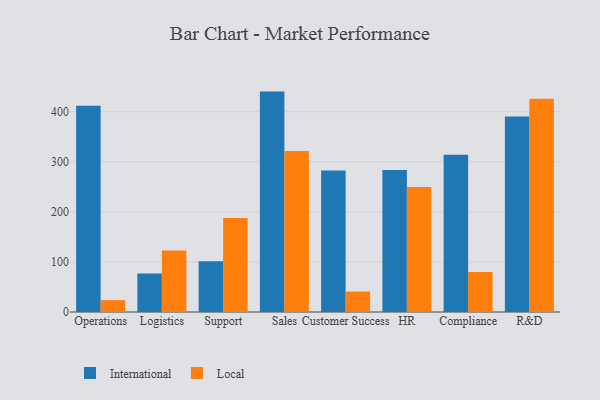
{"axis": {"x": "Department", "y": "Net Income (USD K)"}, "legend": ["International", "Local"], "data": [{"x": "Operations", "y": 412.0, "type": "International"}, {"x": "Operations", "y": 23.7, "type": "Local"}, {"x": "Logistics", "y": 76.7, "type": "International"}, {"x": "Logistics", "y": 123.0, "type": "Local"}, {"x": "Support", "y": 101.4, "type": "International"}, {"x": "Support", "y": 187.7, "type": "Local"}, {"x": "Sales", "y": 440.0, "type": "International"}, {"x": "Sales", "y": 321.6, "type": "Local"}, {"x": "Customer Success", "y": 282.3, "type": "International"}, {"x": "Customer Success", "y": 40.8, "type": "Local"}, {"x": "HR", "y": 283.3, "type": "International"}, {"x": "HR", "y": 249.4, "type": "Local"}, {"x": "Compliance", "y": 313.8, "type": "International"}, {"x": "Compliance", "y": 80.1, "type": "Local"}, {"x": "R&D", "y": 390.3, "type": "International"}, {"x": "R&D", "y": 425.9, "type": "Local"}]}